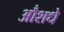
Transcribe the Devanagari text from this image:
औशधे